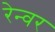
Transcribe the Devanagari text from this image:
रेन्वर